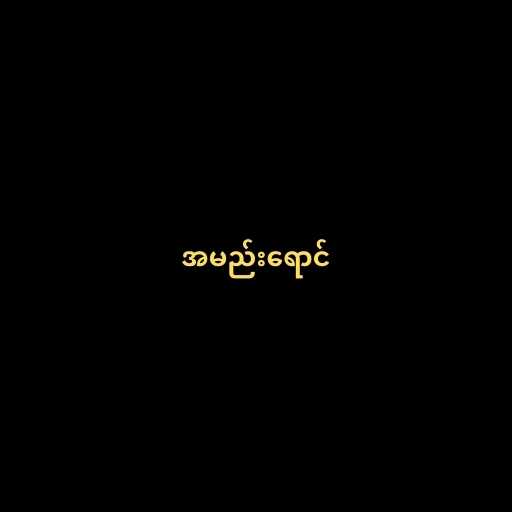
အမည်းရောင်